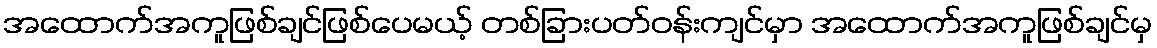
အထောက်အကူဖြစ်ချင်ဖြစ်ပေမယ့် တစ်ခြားပတ်ဝန်းကျင်မှာ အထောက်အကူဖြစ်ချင်မှ